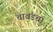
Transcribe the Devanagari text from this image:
चावंडचा